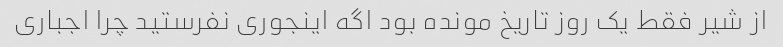
از شیر فقط یک روز تاریخ مونده بود اگه اینجوری نفرستید چرا اجباری